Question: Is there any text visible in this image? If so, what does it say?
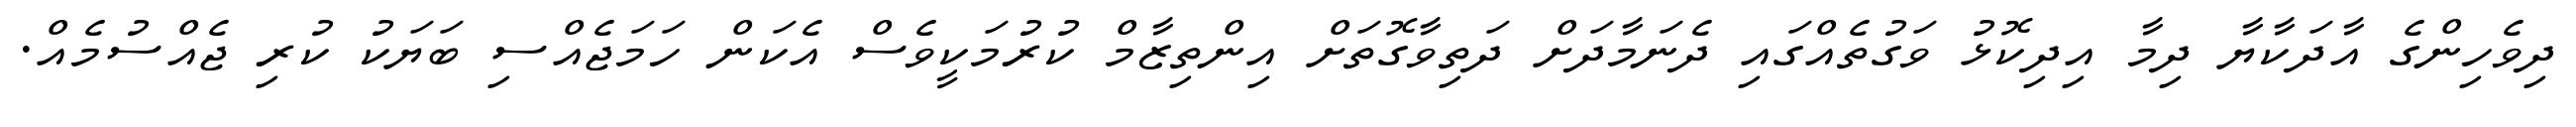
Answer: ދިވެހިންގެ އާދަކާޔާ ދިމާ އިދިކޮޅު ވަގުތެއްގައި ދެނަމާދަށް ދަތިވާގޮތަށް އިންތިޒާމް ކުރުމަކީވެސް އެކަން ހަމަޖެއްސި ބަޔަކު ކުރި ޖެއްސުމެއް.